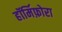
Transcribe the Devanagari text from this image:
हॉर्मिफ़ोरा